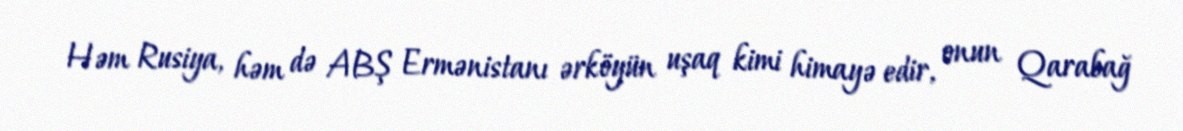
Həm Rusiya, həm də ABŞ Ermənistanı ərköyün uşaq kimi himayə edir, onun Qarabağ